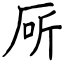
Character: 厛